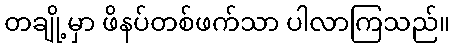
တချို့မှာ ဖိနပ်တစ်ဖက်သာ ပါလာကြသည်။